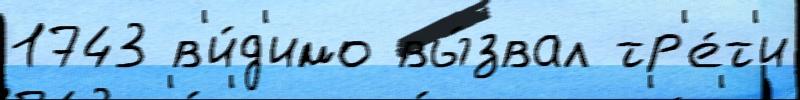
1743 в'и́д'имо вы́звал тр'е́т'и